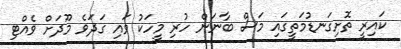
ކައިރީ ތޮށިގަނޑުމަތީގައި މަސް ބާނަން ހުރި މީހަކު ވައި ގަދަވެ މޫދަށް ވެއްޓި